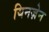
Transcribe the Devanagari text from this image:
यिनज़ेन